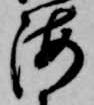
海